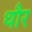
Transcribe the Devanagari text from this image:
थौर